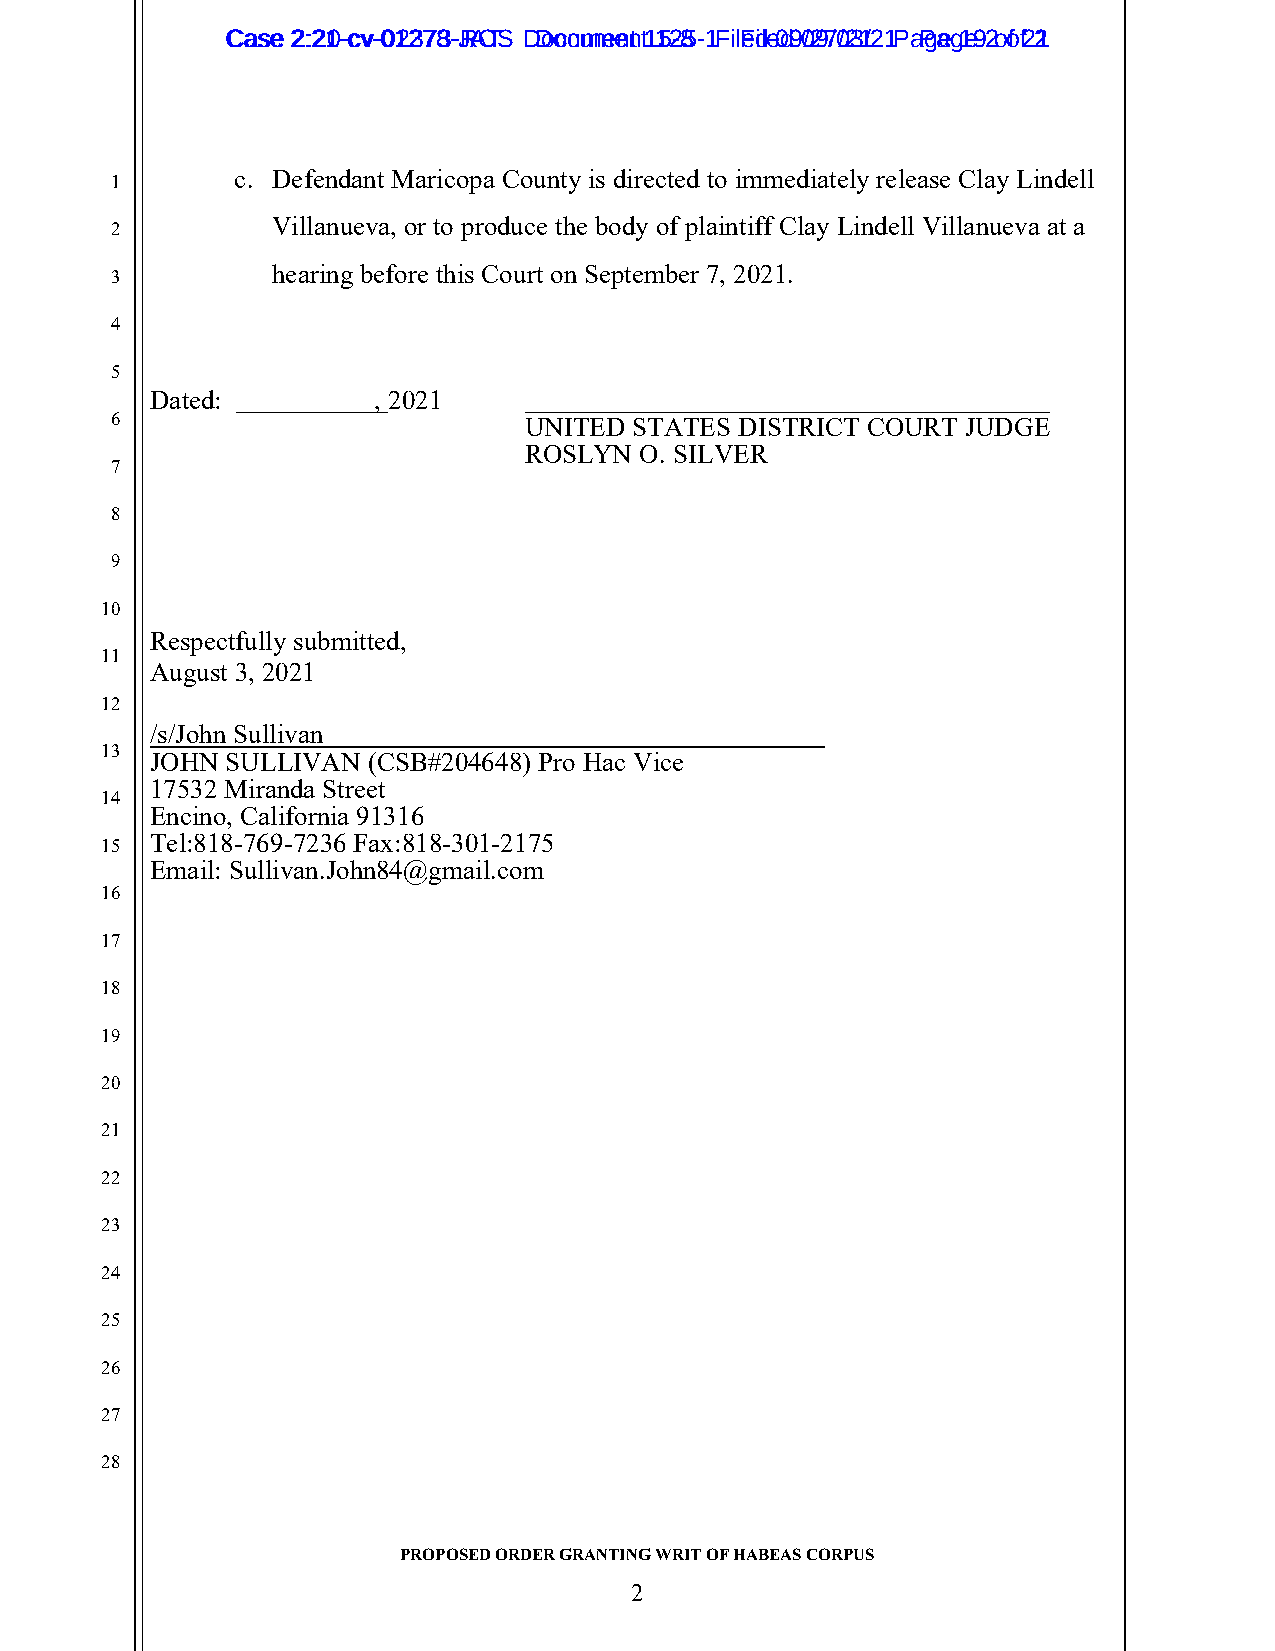
CCaassee 22::2210--ccvv--0012237783--JRAOTS D Dooccuummeennt t1 152-85 - 1 F i lFedile 0d9 0/297/0/231/2 1 P a Pgaeg 1e9 2 o of f2 21
 c. Defendant Maricopa County is directed to immediately release Clay Lindell
 1
 Villanueva, or to produce the body of plaintiff Clay Lindell Villanueva at a
 2
 hearing before this Court on September 7, 2021.
 3
 4
 5
 Dated:         , 2021
 6                           UNITED STATES DISTRICT COURT JUDGE
 ROSLYN O. SILVER
 7
 8
 9
 10
 Respectfully submitted,
 11
 August 3, 2021
 12
 /s/John Sullivan
 13
 JOHN SULLIVAN (CSB#204648) Pro Hac Vice
 17532 Miranda Street
 14
 Encino, California 91316
 Tel:818-769-7236 Fax:818-301-2175
 15
 Email: Sullivan.John84@gmail.com
 16
 17
 18
 19
 20
 21
 22
 23
 24
 25
 26
 27
 28
 PROPOSED ORDER GRANTING WRIT OF HABEAS CORPUS
 2